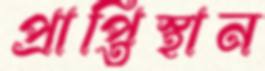
প্রাপ্তিস্থান